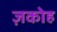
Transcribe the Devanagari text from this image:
ज़कोह